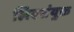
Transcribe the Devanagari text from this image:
लिएसंयुक्त